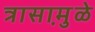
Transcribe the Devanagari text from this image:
त्रासामु़ळे